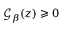
\mathcal { G } _ { \beta } ( z ) \geqslant 0